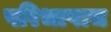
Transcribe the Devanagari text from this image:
परिभाषाच